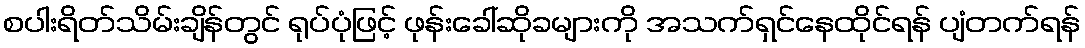
စပါးရိတ်သိမ်းချိန်တွင် ရုပ်ပုံဖြင့် ဖုန်းခေါ်ဆိုခများကို အသက်ရှင်နေထိုင်ရန် ပျံတက်ရန်